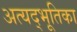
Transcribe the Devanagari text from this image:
अत्यद्भूतिका